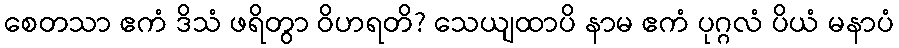
စေတသာ ဧကံ ဒိသံ ဖရိတွာ ဝိဟရတိ? သေယျထာပိ နာမ ဧကံ ပုဂ္ဂလံ ပိယံ မနာပံ